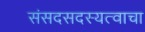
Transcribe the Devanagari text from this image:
संसदसदस्यत्वाचा